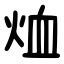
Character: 烅